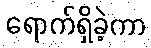
ရောက်ရှိခဲ့ကာ